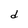
Character: d